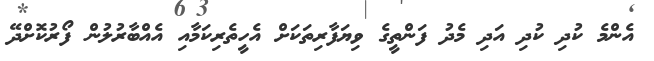
އެންމެ ކުދި ކުދި އަދި މެދު ފަންތީގެ ވިޔަފާރިތަކަށް އެހީތެރިކަމާއި އެއްބާރުލުން ފޯރުކޮށްދޭ